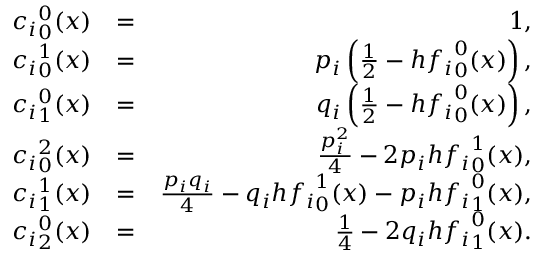
\begin{array} { r l r } { { c _ { i } } _ { 0 } ^ { 0 } ( x ) } & { = } & { 1 , } \\ { { c _ { i } } _ { 0 } ^ { 1 } ( x ) } & { = } & { p _ { i } \left( \frac { 1 } { 2 } - h { f _ { i } } _ { 0 } ^ { 0 } ( x ) \right) , } \\ { { c _ { i } } _ { 1 } ^ { 0 } ( x ) } & { = } & { q _ { i } \left( \frac { 1 } { 2 } - h { f _ { i } } _ { 0 } ^ { 0 } ( x ) \right) , } \\ { { c _ { i } } _ { 0 } ^ { 2 } ( x ) } & { = } & { \frac { p _ { i } ^ { 2 } } { 4 } - 2 p _ { i } h { f _ { i } } _ { 0 } ^ { 1 } ( x ) , } \\ { { c _ { i } } _ { 1 } ^ { 1 } ( x ) } & { = } & { \frac { p _ { i } q _ { i } } { 4 } - q _ { i } h { f _ { i } } _ { 0 } ^ { 1 } ( x ) - p _ { i } h { f _ { i } } _ { 1 } ^ { 0 } ( x ) , } \\ { { c _ { i } } _ { 2 } ^ { 0 } ( x ) } & { = } & { \frac { 1 } { 4 } - 2 q _ { i } h { f _ { i } } _ { 1 } ^ { 0 } ( x ) . } \end{array}